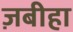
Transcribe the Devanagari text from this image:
ज़बीहा